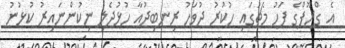
އެ ގްރޫޕްގެ ފަހު މެޗުގައި ހުކުރު ދުވަހު ރިނބިދުއާ ހުޅުދެލި ނިކުންނައިރު ކުޅުނު